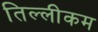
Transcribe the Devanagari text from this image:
तिल्लीकम